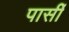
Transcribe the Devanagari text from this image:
पार्सी